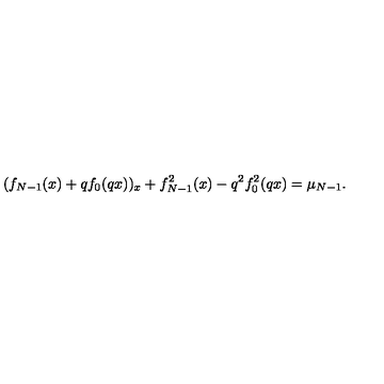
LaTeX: ( f _ { N - 1 } ( x ) + q f _ { 0 } ( q x ) ) _ { x } + f _ { N - 1 } ^ { 2 } ( x ) - q ^ { 2 } f _ { 0 } ^ { 2 } ( q x ) = \mu _ { N - 1 } .